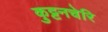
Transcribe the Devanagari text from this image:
कुट्टनचेरि